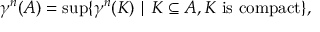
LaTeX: \gamma ^ { n } ( A ) = \operatorname* { s u p } \{ \gamma ^ { n } ( K ) \mid K \subseteq A , K { \mathrm { ~ i s ~ c o m p a c t } } \} ,